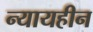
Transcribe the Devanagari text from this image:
न्यायहीन